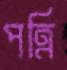
পত্রি